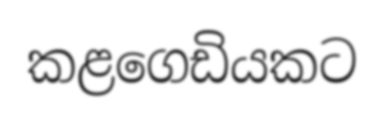
කළගෙඩියකට